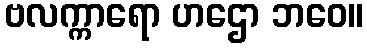
ဗလက္ကာရော ဟဌော ဘဝေ။